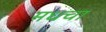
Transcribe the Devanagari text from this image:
मधचा